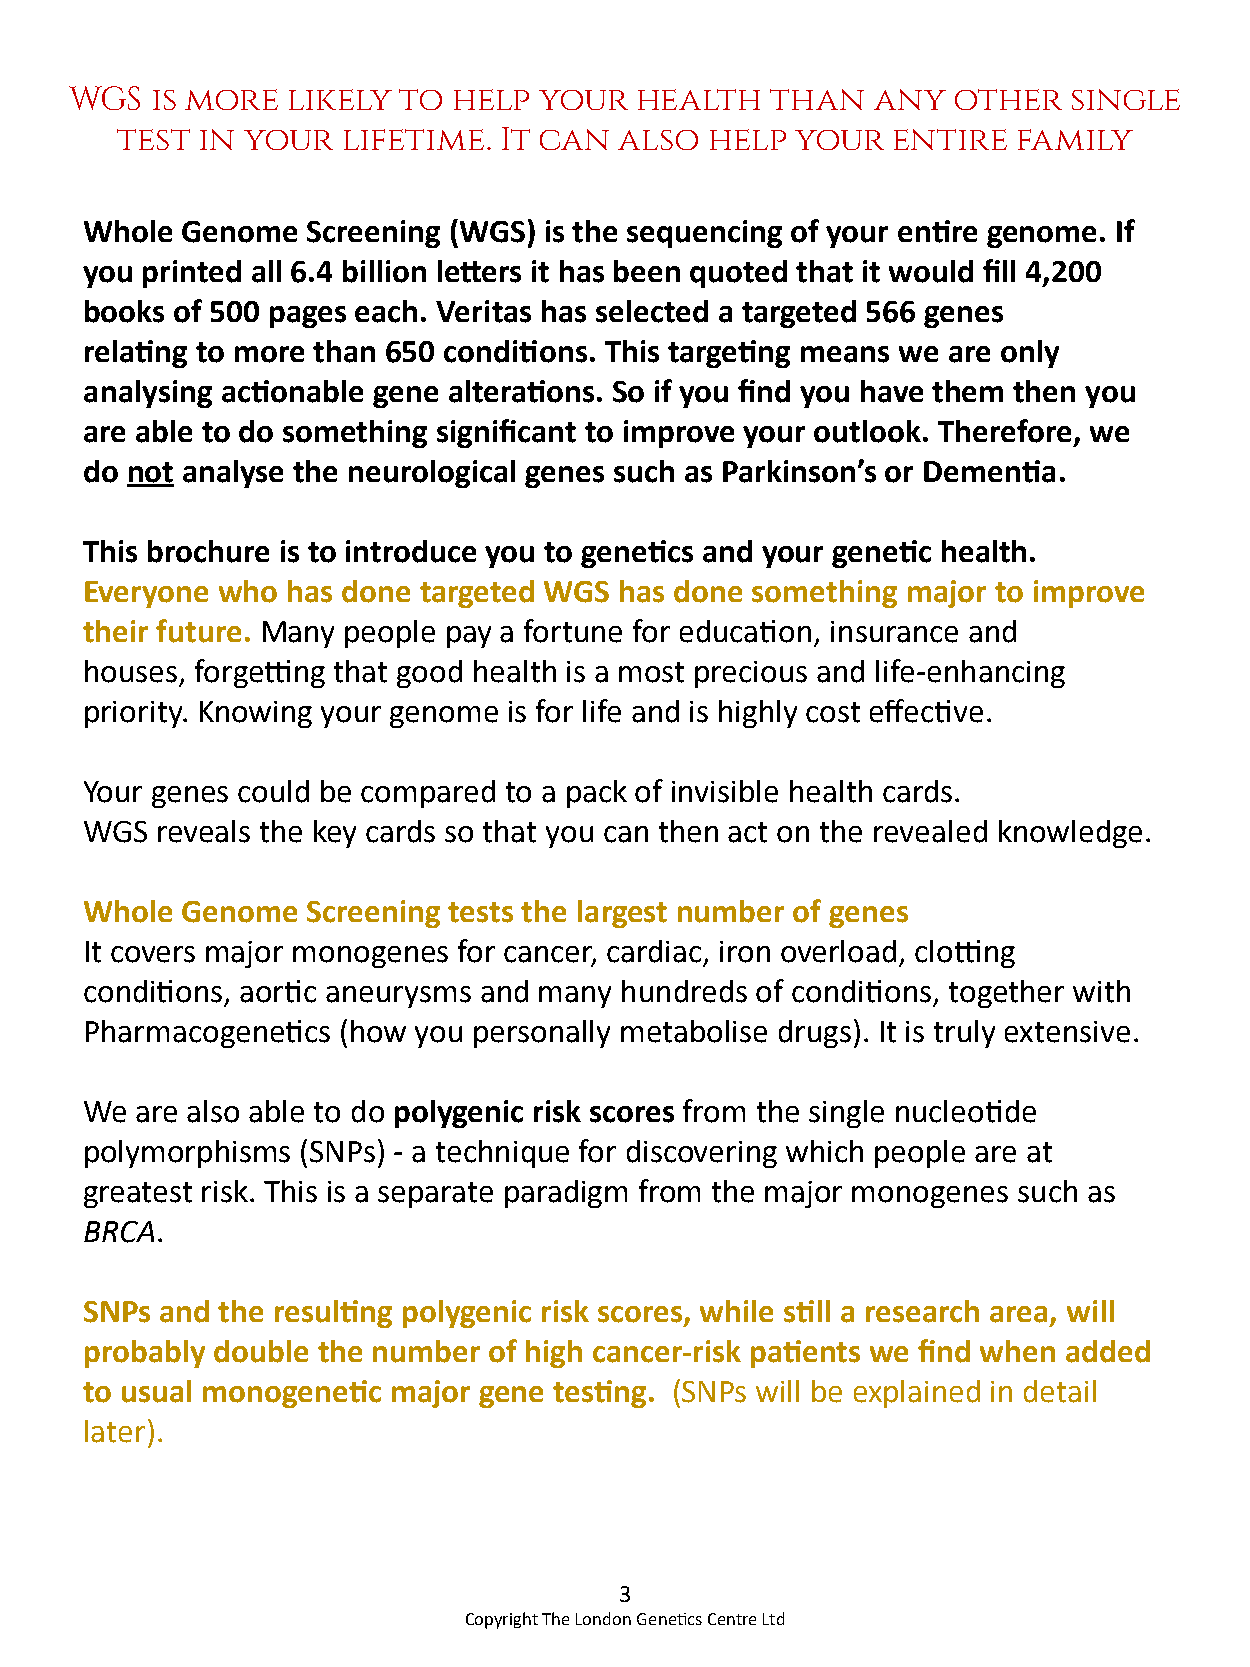
WGS  is more  likely to  help  your  health   than   any  other   single
 test in your   lifetime. It can  also  help  your  entire  family
 Whole Genome  Screening (WGS) is the sequencing of your entire genome. If
 you printed all 6.4 billion letters it has been quoted that it would fill 4,200
 books of 500 pages each. Veritas has selected a targeted 566 genes
 relating to more than 650 conditions. This targeting means we are only
 analysing actionable gene alterations. So if you find you have them then you
 are able to do something significant to improve your outlook. Therefore, we
 do not analyse the neurological genes such as Parkinson’s or Dementia.
 This brochure is to introduce you to genetics and your genetic health.
 Everyone who has done targeted WGS has done something major to improve
 their future. Many people pay a fortune for education, insurance and
 houses, forgetting that good health is a most precious and life-enhancing
 priority. Knowing your genome is for life and is highly cost effective.
 Your genes could be compared to a pack of invisible health cards.
 WGS reveals the key cards so that you can then act on the revealed knowledge.
 Whole Genome  Screening tests the largest number of genes
 It covers major monogenes for cancer, cardiac, iron overload, clotting
 conditions, aortic aneurysms and many hundreds of conditions, together with
 Pharmacogenetics (how you personally metabolise drugs). It is truly extensive.
 We are also able to do polygenic risk scores from the single nucleotide
 polymorphisms (SNPs) - a technique for discovering which people are at
 greatest risk. This is a separate paradigm from the major monogenes such as
 BRCA.
 SNPs and the resulting polygenic risk scores, while still a research area, will
 probably double the number of high cancer-risk patients we find when added
 to usual monogenetic major gene testing. (SNPs will be explained in detail
 later).
 3
 Copyright The London Genetics Centre Ltd